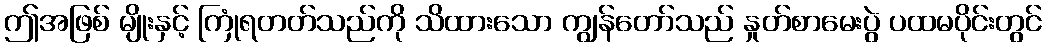
ဤအဖြစ် မျိုးနှင့် ကြုံရတတ်သည်ကို သိထားသော ကျွန်တော်သည် နှုတ်စာမေးပွဲ ပထမပိုင်းတွင်